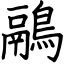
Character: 鷊